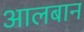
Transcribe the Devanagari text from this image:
आलबान